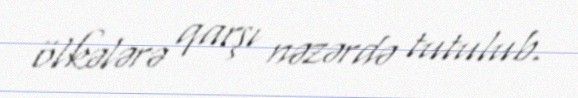
ölkələrə qarşı nəzərdə tutulub.